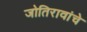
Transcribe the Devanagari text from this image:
जोतिरावांचे